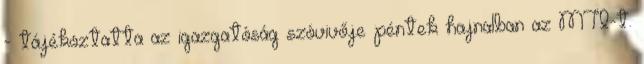
- tájékoztatta az igazgatóság szóvivője péntek hajnalban az MTI-t.